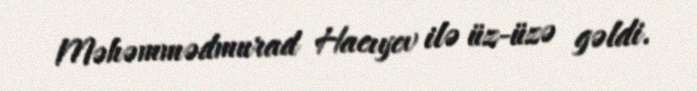
Məhəmmədmurad Hacıyev ilə üz-üzə gəldi.